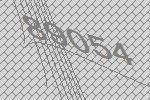
89054